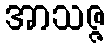
အာသဇ္ဇ